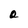
Character: a